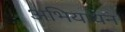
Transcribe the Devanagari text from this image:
अभियायन